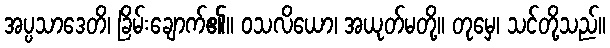
အပ္ပသာဒေတိ၊ ခြိမ်းချောက်၏။ ဝသလိယော၊ အယုတ်မတို့။ တုမှေ၊ သင်တို့သည်။